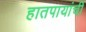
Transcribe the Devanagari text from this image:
हातपायांची